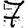
Digit: 7